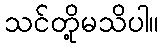
သင်တို့မသိပါ။